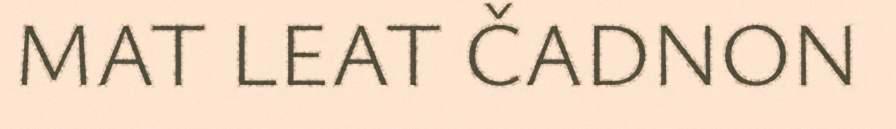
MAT LEAT ČADNON